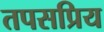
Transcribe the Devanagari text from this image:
तपसप्रिय